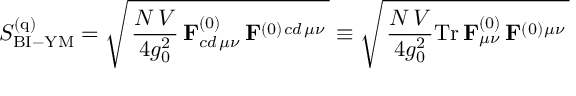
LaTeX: S _ { \mathrm { B I - Y M } } ^ { ( \mathrm { q } ) } = \sqrt { \, { \frac { N \, V } { 4 g _ { 0 } ^ { 2 } } } \, \mathbf { F } _ { c d \, \mu \nu } ^ { ( 0 ) } \, \mathbf { F } ^ { ( 0 ) } { } ^ { c d \, \mu \nu } \, } \equiv \sqrt { \, { \frac { N \, V } { 4 g _ { 0 } ^ { 2 } } } \mathrm { T r } \, \mathbf { F } _ { \mu \nu } ^ { ( 0 ) } \, \mathbf { F } ^ { ( 0 ) } { } ^ { \mu \nu } \, }